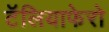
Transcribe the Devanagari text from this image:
टॅलियाफेरो